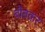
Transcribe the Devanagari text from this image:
बौबकर